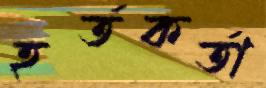
হর্তকর্তা